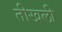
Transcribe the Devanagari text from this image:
तीखली